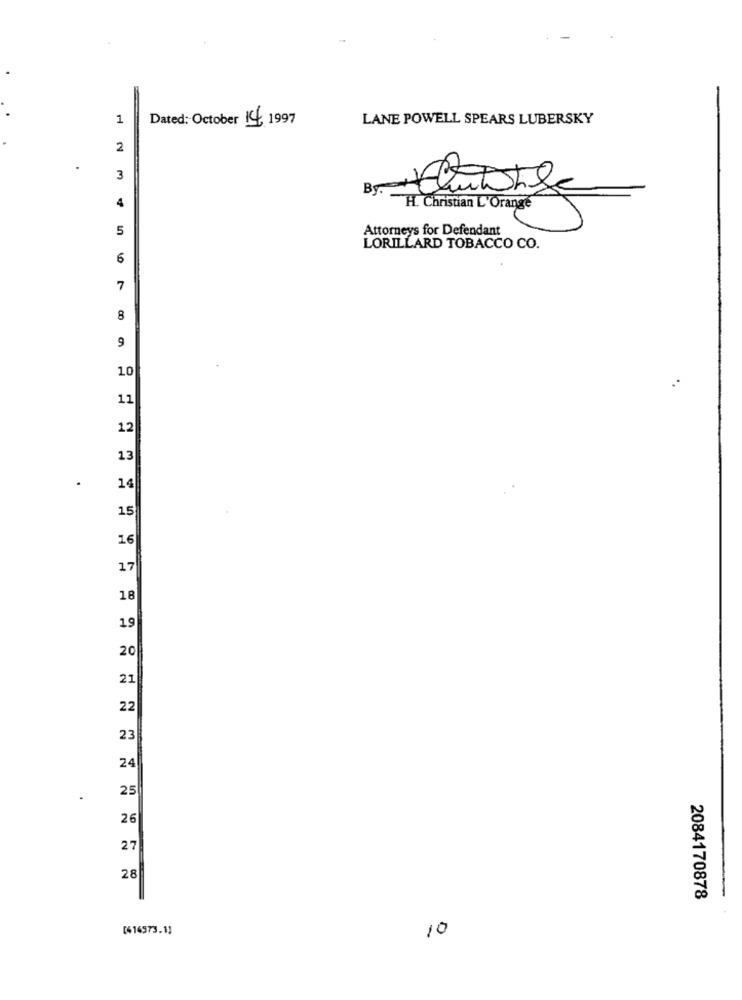
1
Dated: October 14 1997
LANE POWELL SPEARS LUBERSKY
2
3
By.
4
H. Christian L'Orange
5
Attorneys for Defendant
LORILLARD TOBACCO CO.
6
7
8
9
.
10
11
12
13
14
15
16
17
18
19
20
21
22
23
24
25
26
27
28
2084170878
[414573.1]
10